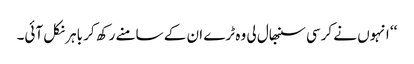
‘‘ انہوں نے کرسی سنبھال لی وہ ٹرے ان کے سامنے رکھ کر باہر نکل آئی۔